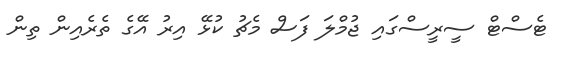
ޓެސްޓް ސީރީސްގައި ޖުމްލަ ފަސް މެޗު ކުޅޭ އިރު އޭގެ ތެރެއިން ތިން